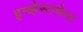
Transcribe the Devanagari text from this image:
इन्व्हेस्टमेन्ट